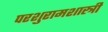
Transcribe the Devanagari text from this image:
परशुरामशास्त्री